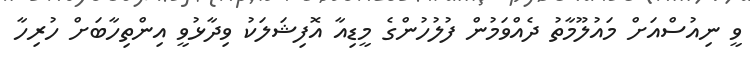
ވީ ނިއުސްއަށް މައުލޫމާތު ދެއްވަމުން ފުލުހުންގެ މީޑިއާ އޮފިޝަލަކު ވިދާޅުވީ އިންތިހާބަށް ހުރިހާ